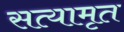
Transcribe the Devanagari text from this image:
सत्यामृत